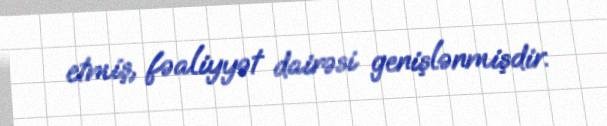
etmiş, fəaliyyət dairəsi genişlənmişdir.